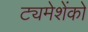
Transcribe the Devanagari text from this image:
ट्यमेशेंको